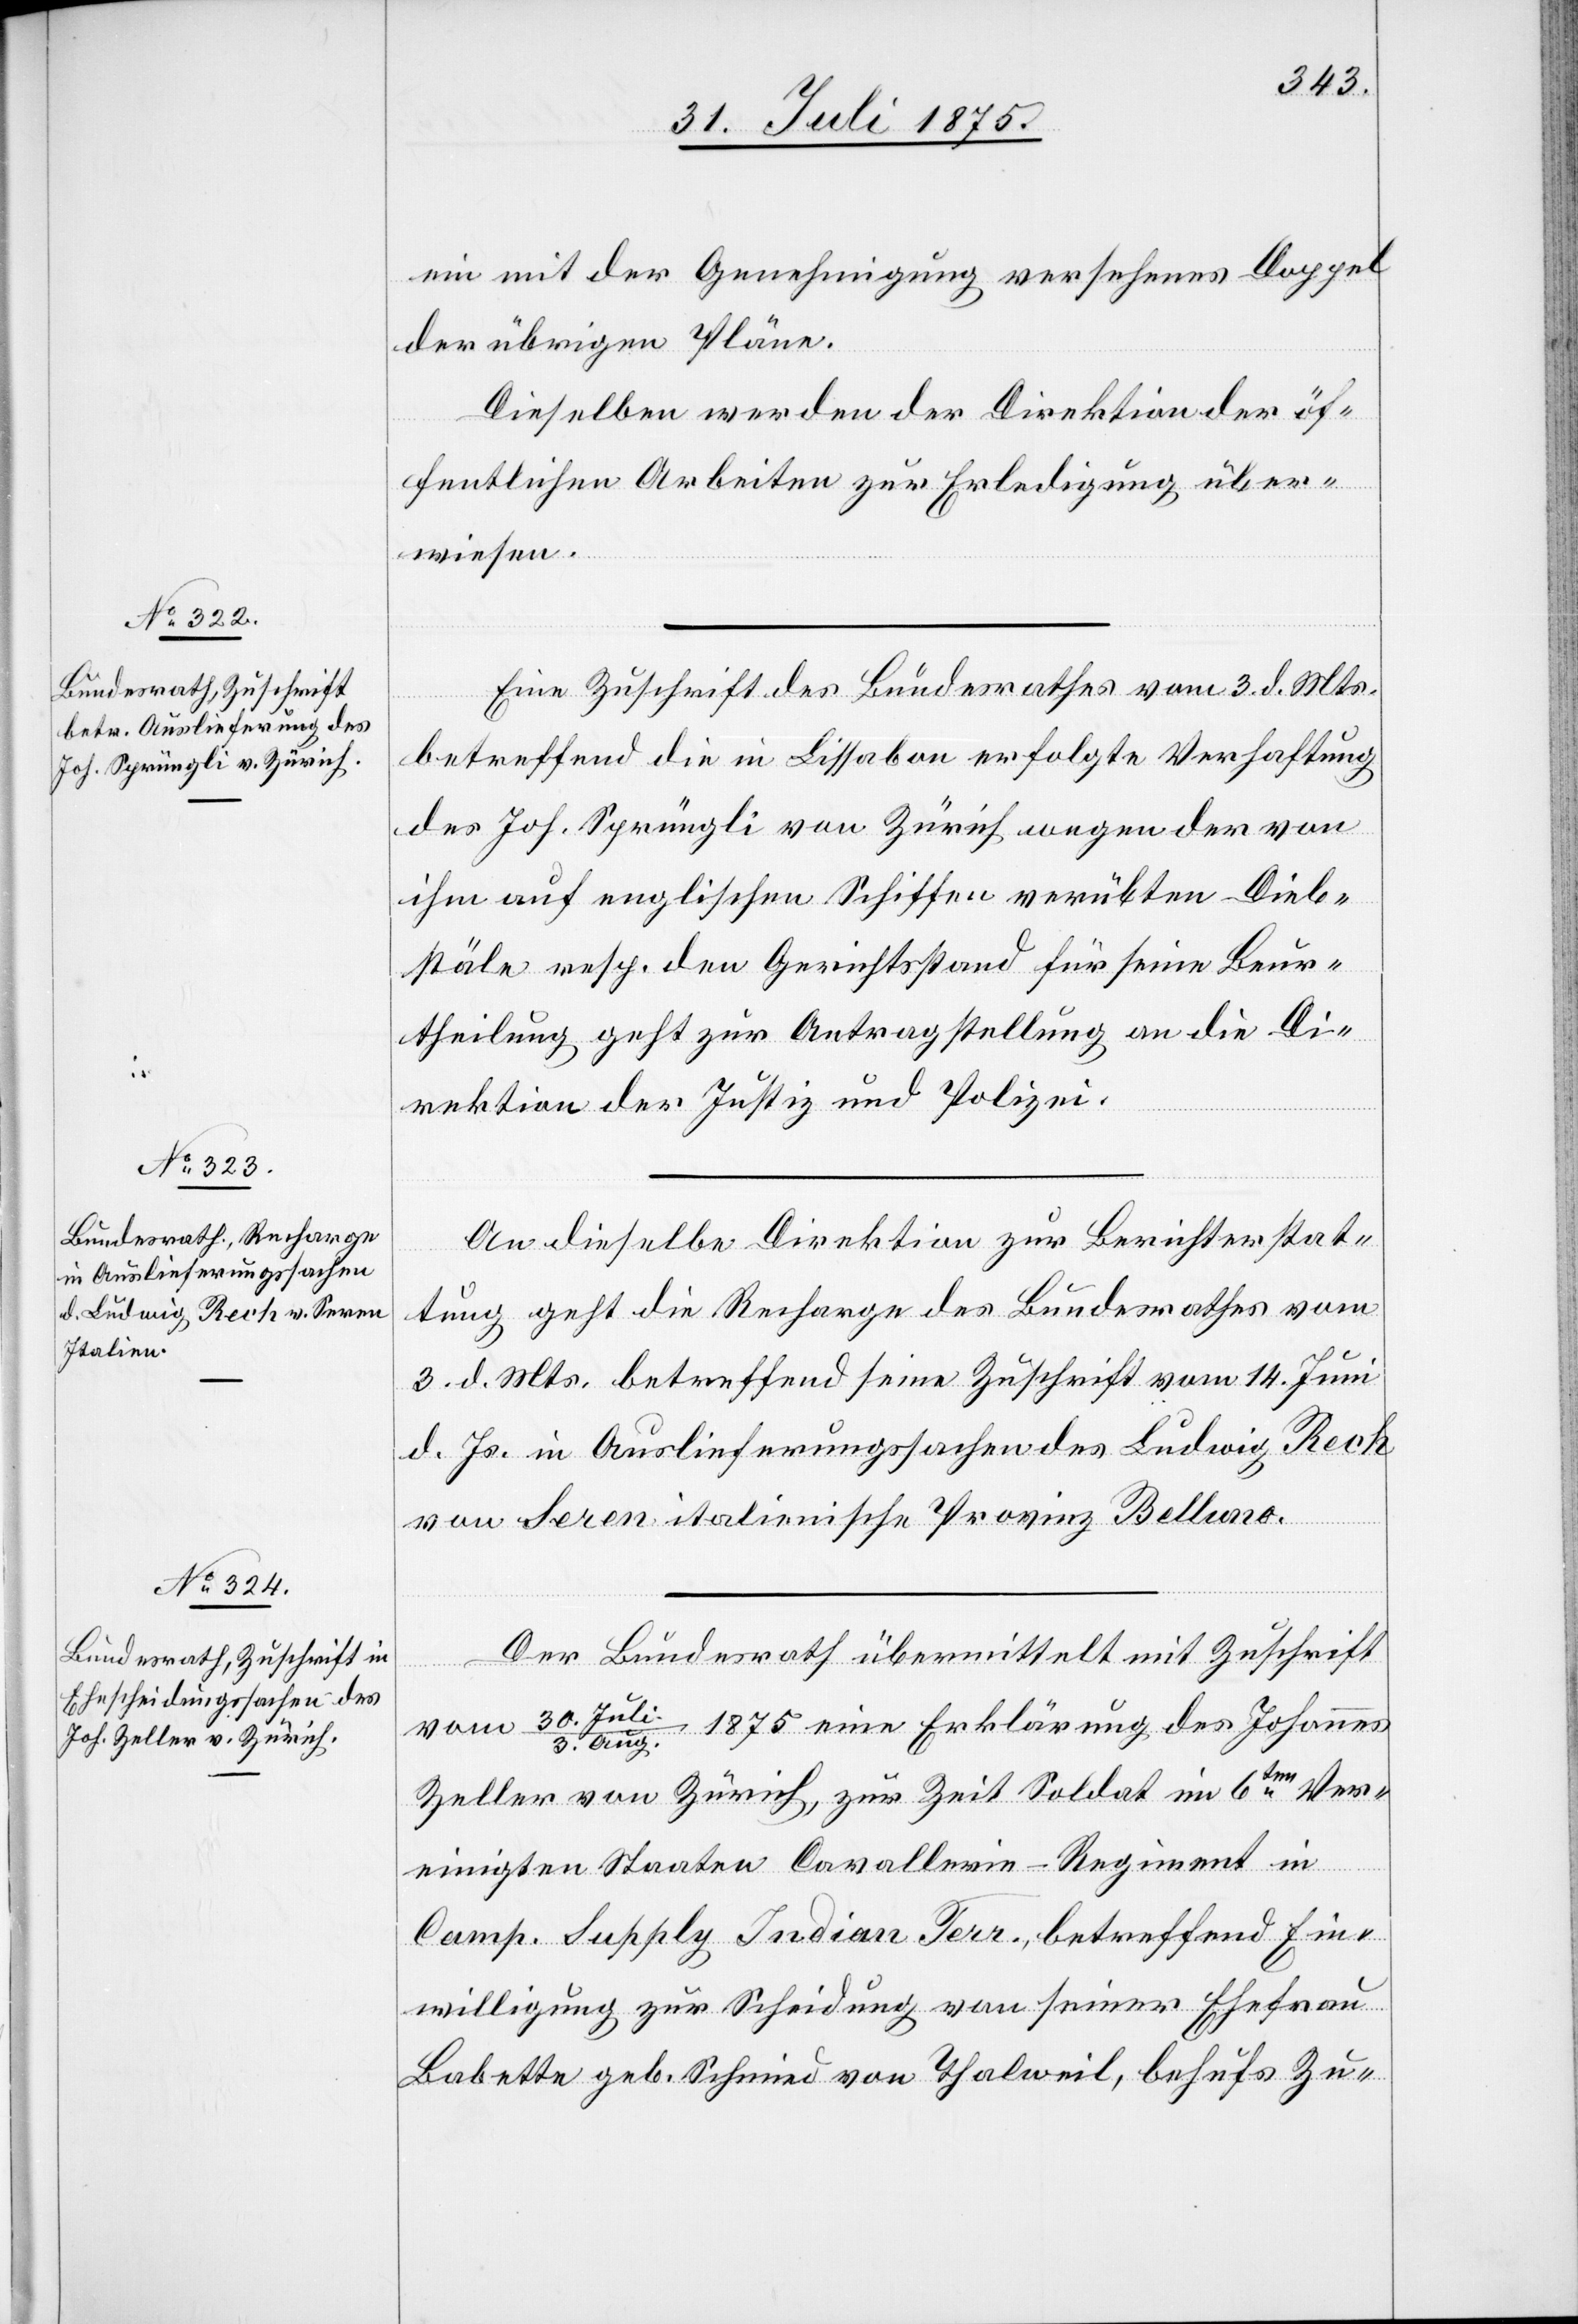
ein mit der Genehmigung versehenes Doppel
der übrigen Pläne.
Dieselben werden der Direktion der öf¬
fentlichen Arbeiten zur Erledigung über¬
wiesen.
Eine Zuschrift des Bundesrathes vom 3. d. Mts.
5.
betreffend die in Lissabon erfolgte Verhaftung
des Joh. Sprüngli von Zürich wegen der von
ihm auf englischen Schiffen verübten Dieb¬
stäle resp. den Gerichtsstand für sein Beur¬
theilung geht zur Antragstellung an die Di¬
rektion der Justiz und Polizei.
An dieselbe Direktion zur Berichterstat¬
tung geht die Recharge des Bundesrathes vom
3. d. Mts. betreffend seine Zuschrift vom 14. Juni
d. Js. in Auslieferungssachen des Ludwig Rech
von Seren, italienische Provinz Belluno.
Der Bundesrath übermittelt mit Zuschrift
vom 30. Juli/3.
Aug. 1875 eine Erklärung des Johannes
Zeller von Zürich, zur Zeit Soldat im 6ten Ver¬
einigten Staaten Cavallerie-Regiment in
Camp. Supply Indian Terr., betreffend Ein¬
willigung zur Scheidung von seiner Ehefrau
Babette geb. Schmied von Thalweil, behufs Zu-